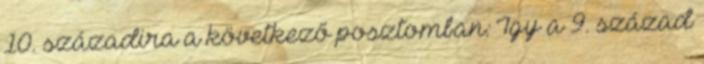
10. századira a következő posztomban: Így a 9. század